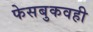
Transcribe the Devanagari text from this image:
फेसबुकवही